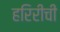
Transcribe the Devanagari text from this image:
हरिरीची